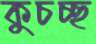
কুচচ্ছ